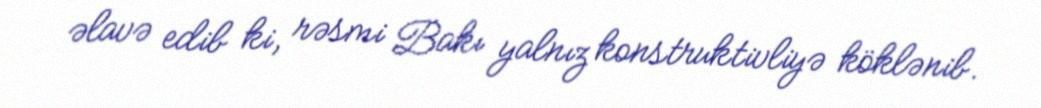
əlavə edib ki, rəsmi Bakı yalnız konstruktivliyə köklənib.